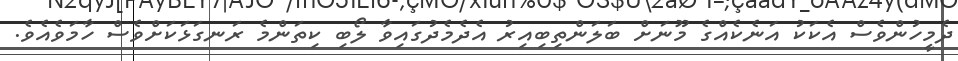
ދެމީހުންވެސް އެކަކު އަނެކެއްގެ މޫނަށް ބަލަންތިބިއިރު އެދެމެދުގައިވާ ލޯބި ކިތަންމެ ރަނގަޅަކަށްވެސް ހާމަވެއެވެ.